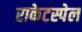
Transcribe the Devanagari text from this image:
राकेटस्पेल